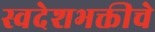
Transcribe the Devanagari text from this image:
स्वदेशभक्तीचे